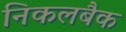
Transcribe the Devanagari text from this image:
निकलबैक